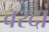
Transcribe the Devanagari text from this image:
वरदां